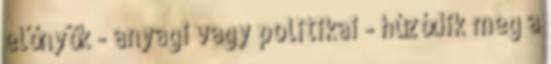
előnyök - anyagi vagy politikai - húzódik meg a